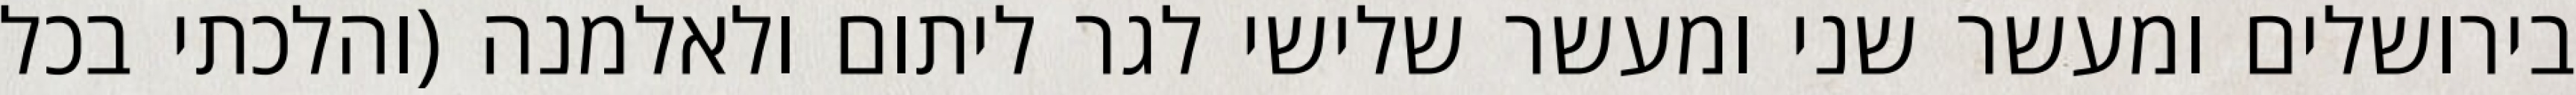
בירושלים ומעשר שני ומעשר שלישי לגר ליתום ולאלמנה (והלכתי בכל